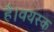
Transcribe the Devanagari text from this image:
है।वयस्क